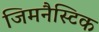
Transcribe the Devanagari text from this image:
जिमनैस्टिक